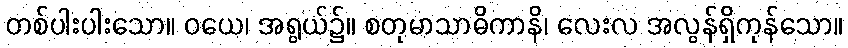
တစ်ပါးပါးသော။ ဝယေ၊ အရွယ်၌။ စတုမာသာဓိကာနိ၊ လေးလ အလွန်ရှိကုန်သော။